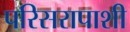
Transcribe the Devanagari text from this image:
परिसरापाशी